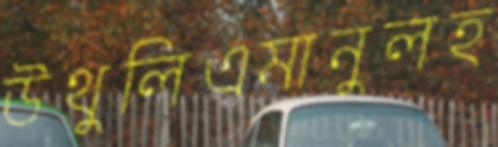
উথুলিএমানুলহ